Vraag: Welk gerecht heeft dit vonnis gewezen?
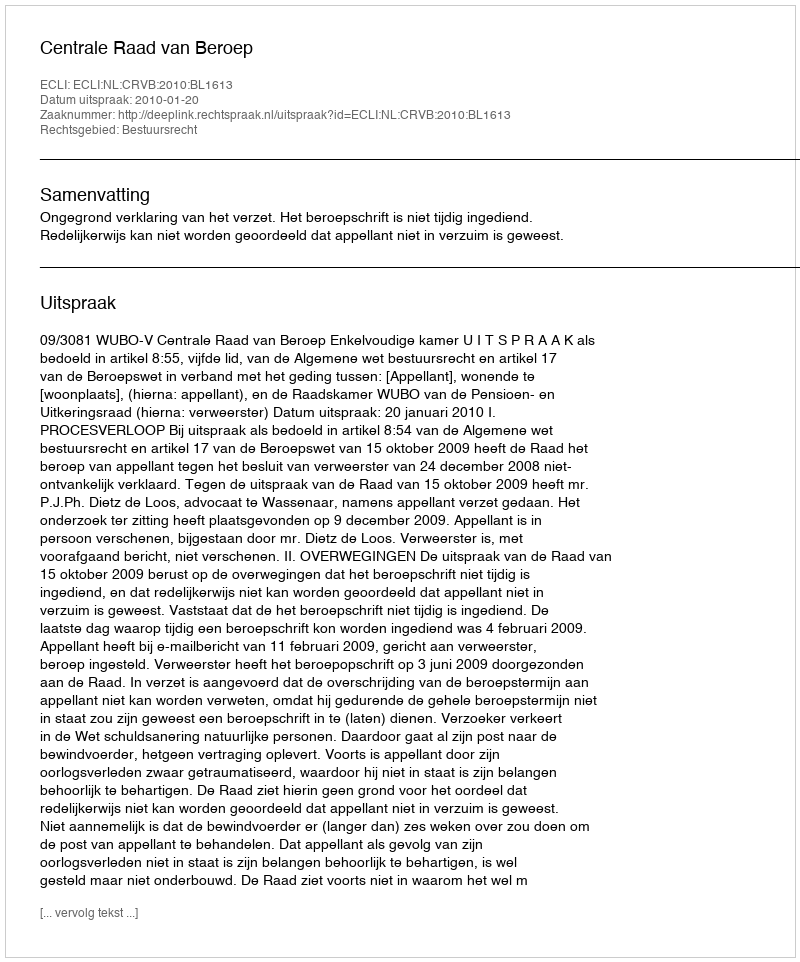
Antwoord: Centrale Raad van Beroep